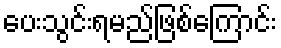
ပေးသွင်းရမည်ဖြစ်ကြောင်း